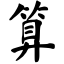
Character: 算